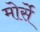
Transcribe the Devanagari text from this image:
मोर्से